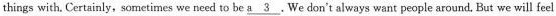
things with. Certainly,sometimes we need to be \underline{a 3} .We don't always want people around, But we will feel